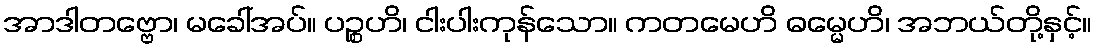
အာဒါတဗ္ဗော၊ မခေါ်အပ်။ ပဉ္စဟိ၊ ငါးပါးကုန်သော။ ကတမေဟိ ဓမ္မေဟိ၊ အဘယ်တို့နှင့်။